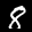
Label: 8